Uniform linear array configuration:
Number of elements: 4
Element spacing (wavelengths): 1
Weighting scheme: kaiser
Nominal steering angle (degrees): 0
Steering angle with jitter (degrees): -1.209
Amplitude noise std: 0.05
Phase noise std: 0.05

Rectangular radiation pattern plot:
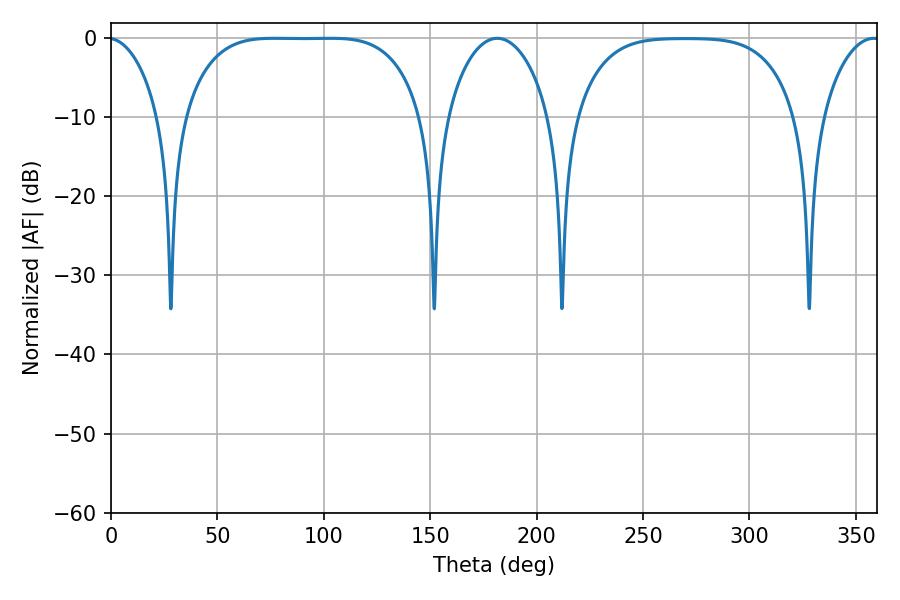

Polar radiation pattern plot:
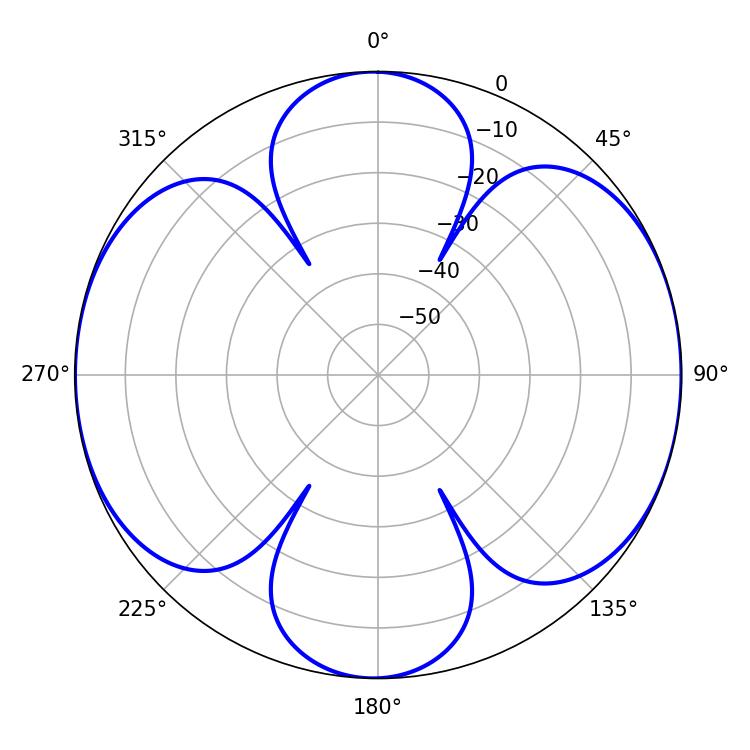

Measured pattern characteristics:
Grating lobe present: TRUE
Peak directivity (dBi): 12.268
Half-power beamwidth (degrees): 85.32
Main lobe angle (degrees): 76.86